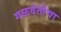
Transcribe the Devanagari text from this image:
गळवंतीचा